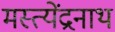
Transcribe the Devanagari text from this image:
मस्त्येंद्रनाथ